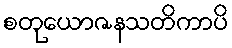
စတုယောဇနသတိကာပိ